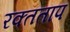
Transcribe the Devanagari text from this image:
रक्तताप